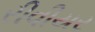
રીવીયર